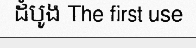
ដំបូង The first use